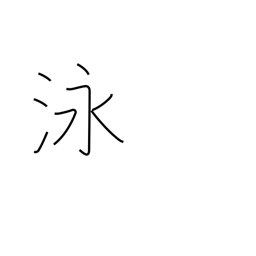
Meaning: swim